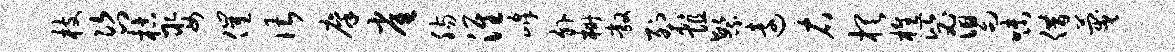
枝咨枯娶催谌廪雀肠淮峰外栅敞裂阻繁远右棋樵毖舄味借蔑